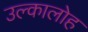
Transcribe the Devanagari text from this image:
उल्कालोह